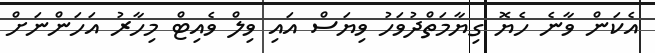
އެކަން ވާނެ ހެޔޮ ގިޔާމަތްދުވަހު ވިޔަސް އައި ވިލް ވެއިޓް މިހާރު އަހަންނަށް